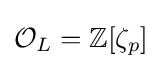
{\mathcal {O}}_{L}=\mathbb {Z} [\zeta _{p}]